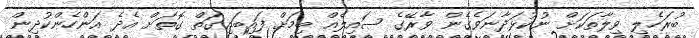
ބުރަހެލި ވިލާތަކަށް ނުކުޅަދާނަވެގެން ވާރޭގެ ސައިލެއް ބިމަށް ފައިބައިގަތް ގޮތަށް އެދެ އަންހެންކުދިން